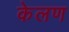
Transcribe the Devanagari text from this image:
केलण